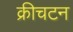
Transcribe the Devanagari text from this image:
क्रीचटन